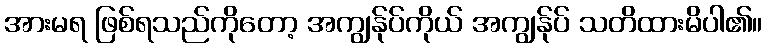
အားမရ ဖြစ်ရသည်ကိုတော့ အကျွန်ုပ်ကိုယ် အကျွန်ုပ် သတိထားမိပါ၏။